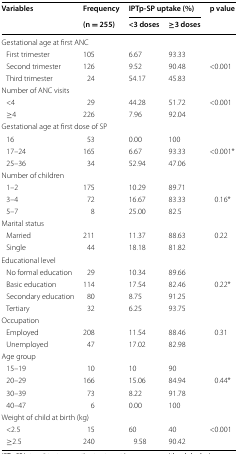
| <ROWSPAN=2> Variables | Frequency | <COLSPAN=2> IPTp-SP uptake (%) | <ROWSPAN=2> p value |
 | (n = 255) | <3 doses | ≥3 doses |
 | --- | --- | --- | --- | --- |
 | <COLSPAN=5> Gestational age at first ANC |
 | First trimester | 105 | 6.67 | 93.33 |  |
 | Second trimester | 126 | 9.52 | 90.48 | <0.001 |
 | Third trimester | 24 | 54.17 | 45.83 |  |
 | <COLSPAN=5> Number of ANC visits |
 | <4 | 29 | 44.28 | 51.72 | <0.001 |
 | ≥4 | 226 | 7.96 | 92.04 |  |
 | <COLSPAN=5> Gestational age at first dose of SP |
 | 16 | 53 | 0.00 | 100 |  |
 | 17–24 | 165 | 6.67 | 93.33 | <0.001* |
 | 25–36 | 34 | 52.94 | 47.06 |  |
 | <COLSPAN=5> Number of children |
 | 1–2 | 175 | 10.29 | 89.71 |  |
 | 3–4 | 72 | 16.67 | 83.33 | 0.16* |
 | 5–7 | 8 | 25.00 | 82.5 |  |
 | <COLSPAN=5> Marital status |
 | Married | 211 | 11.37 | 88.63 | 0.22 |
 | Single | 44 | 18.18 | 81.82 |  |
 | <COLSPAN=5> Educational level |
 | No formal education | 29 | 10.34 | 89.66 |  |
 | Basic education | 114 | 17.54 | 82.46 | 0.22* |
 | Secondary education | 80 | 8.75 | 91.25 |  |
 | Tertiary | 32 | 6.25 | 93.75 |  |
 | <COLSPAN=5> Occupation |
 | Employed | 208 | 11.54 | 88.46 | 0.31 |
 | Unemployed | 47 | 17.02 | 82.98 |  |
 | <COLSPAN=5> Age group |
 | 15–19 | 10 | 10 | 90 |  |
 | 20–29 | 166 | 15.06 | 84.94 | 0.44* |
 | 30–39 | 73 | 8.22 | 91.78 |  |
 | 40–47 | 6 | 0.00 | 100 |  |
 | <COLSPAN=5> Weight of child at birth (kg) |
 | <2.5 | 15 | 60 | 40 | <0.001 |
 | ≥2.5 | 240 | 9.58 | 90.42 |  |